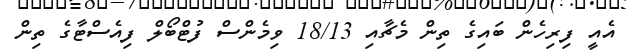
އެއީ ފިރިހެން ބައިގެ ތިން މެޗާއި 18/13 ވިމެންސް ފުޓްބޯލް ފިއެސްޓާގެ ތިން